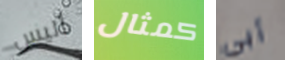
أليس كمثال أبي